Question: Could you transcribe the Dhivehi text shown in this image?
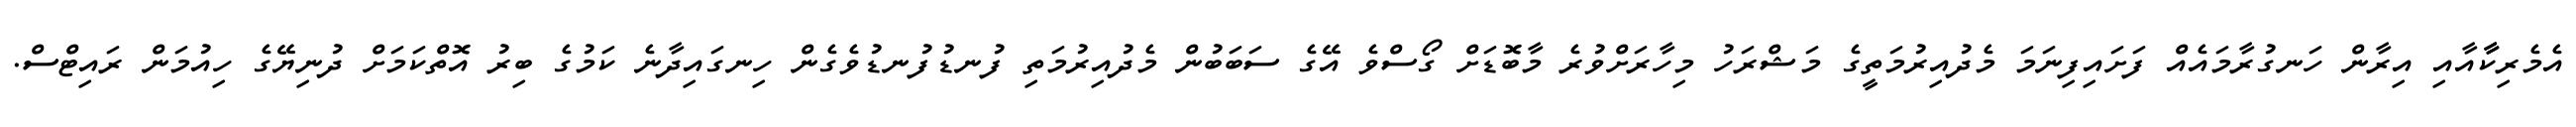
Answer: އެމެރިކާާއާއި އިރާން ހަނގުރާމައެއް ފަށައިފިނަމަ މެދުއިރުމަތީގެ މަޝްރަހު މިހާރަށްވުރެ މާބޮޑަށް ގޯސްވެ އޭގެ ސަބަބުން މެދުއިރުމަތި ފުނޑުފުނޑުވެގެން ހިނގައިދާނެ ކަމުގެ ބިރު އޮތްކަމަށް ދުނިޔޭގެ ހިއުމަން ރައިޓްސް.